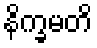
နိက္ခမတိ